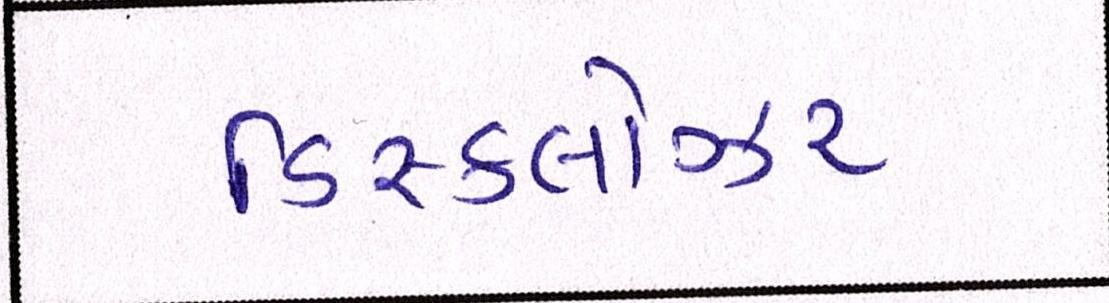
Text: ડિસ્કલોઝર